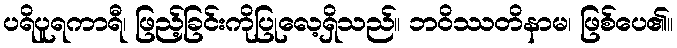
ပရိပူရကာရီ၊ ဖြည့်ခြင်းကိုပြုလေ့ရှိသည်။ ဘဝိဿတိနာမ၊ ဖြစ်ပေ၏။